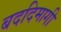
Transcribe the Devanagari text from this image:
बददिमागी